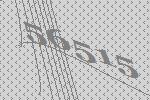
56515